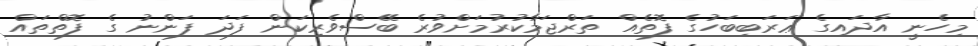
މިހެނީ އާދައިގެ ޢަރަބިބަހުގެ ފޮތެއް ތަރްޖަމާކުރުމަށްވުރެ ބޭސްވެރިކަން ފަދަ ފަންނު ގެ ފޮތްތައް